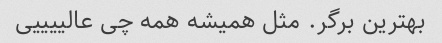
بهترین برگر. مثل همیشه همه چی عالییییی